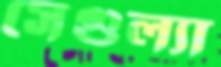
সেগুল্যা